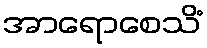
အာရောစေသိံ